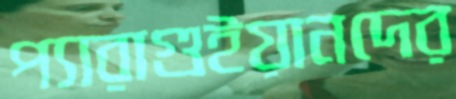
প্যারাগুইয়ানদের